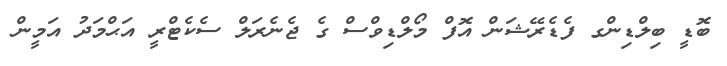
ބޮޑީ ބިލްޑިންގ ފެޑެރޭޝަން އޮފް މޯލްޑިވްސް ގެ ޖެނެރަލް ސެކެޓްރީ އަޙްމަދު އަމީން